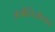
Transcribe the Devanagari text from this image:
अयोनिओयन